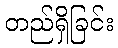
တည်ရှိခြင်း